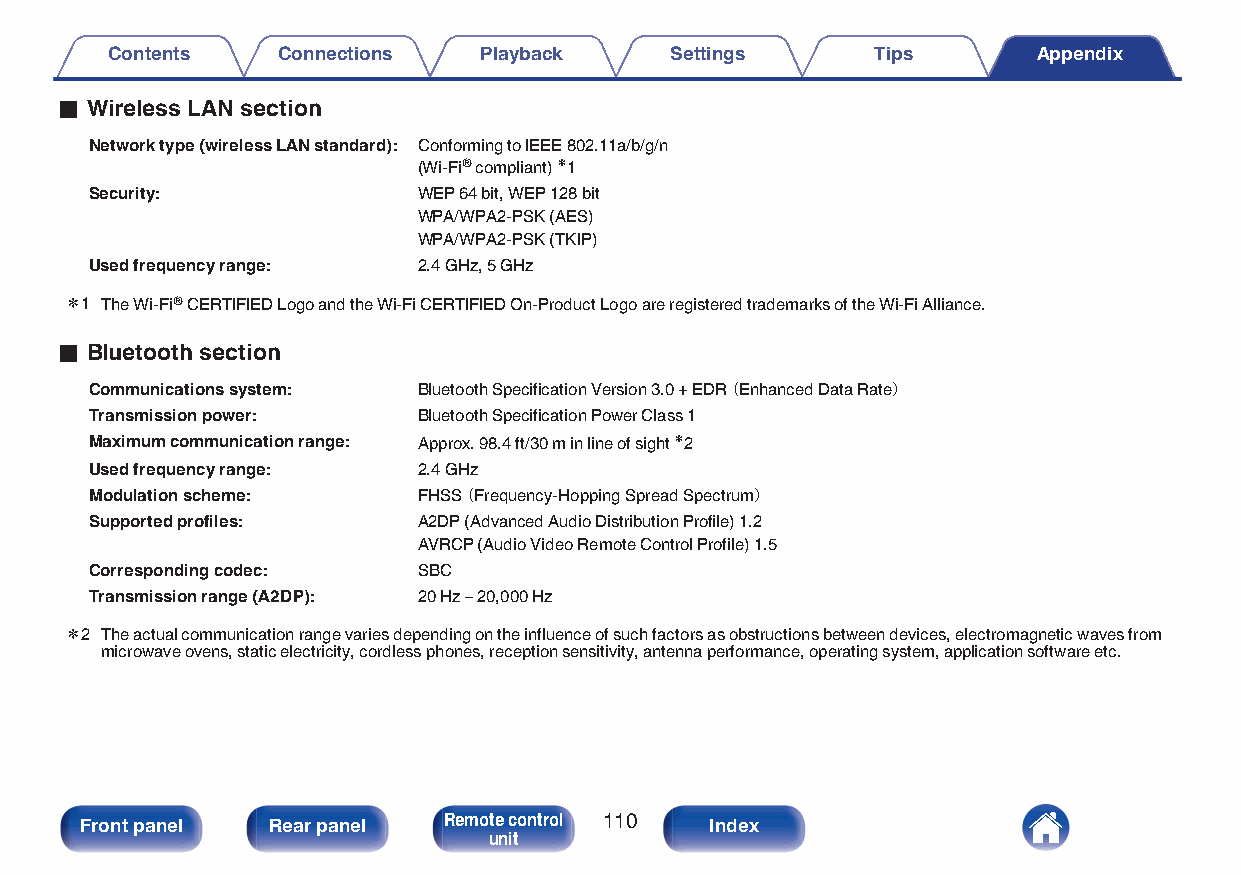
Contents   Connections   Playback    Settings      Tips       Appendix
 o Wireless LAN section
 Network type (wireless LAN standard): Conforming to IEEE 802.11a/b/g/n
 (Wi-Fi® compliant) z1
 Security:             WEP 64 bit, WEP 128 bit
 WPA/WPA2-PSK (AES)
 WPA/WPA2-PSK (TKIP)
 Used frequency range: 2.4 GHz, 5 GHz
 z1 The Wi-Fi® CERTIFIED Logo and the Wi-Fi CERTIFIED On-Product Logo are registered trademarks of the Wi-Fi Alliance.
 o Bluetooth section
 Communications system: Bluetooth Specification Version 3.0 + EDR（ Enhanced Data Rate）
 Transmission power:   Bluetooth Specification Power Class 1
 Maximum communication range: Approx. 98.4 ft/30 m in line of sight z2
 Used frequency range: 2.4 GHz
 Modulation scheme:    FHSS（ Frequency-Hopping Spread Spectrum）
 Supported profiles:   A2DP (Advanced Audio Distribution Profile) 1.2
 AVRCP (Audio Video Remote Control Profile) 1.5
 Corresponding codec:  SBC
 Transmission range (A2DP): 20 Hz – 20,000 Hz
 z2 The actual communication range varies depending on the influence of such factors as obstructions between devices, electromagnetic waves from
 microwave ovens, static electricity, cordless phones, reception sensitivity, antenna performance, operating system, application software etc.
 Front panel  Rear panel Remote control 110 Index
 unit